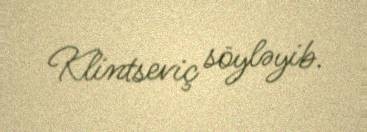
Klintseviç söyləyib.